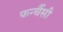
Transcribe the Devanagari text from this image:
फर्न्चैसी